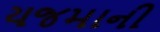
યજમાની